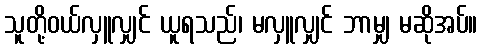
သူတို့ဝယ်လှူလျှင် ယူရသည်၊ မလှူလျှင် ဘာမျှ မဆိုအပ်။